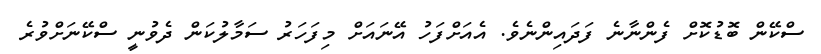
ސްކޭން ބޮޑުކޮށް ފެންނާނެ ފަދައިންނެވެ. އެއަށްފަހު އޭނައަށް މިފަހަރު ސަމާލުކަން ދެވުނީ ސްކޭނަށްވުރެ